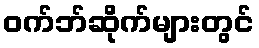
ဝက်ဘ်ဆိုက်များတွင်